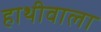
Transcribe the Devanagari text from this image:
हाथीवाला